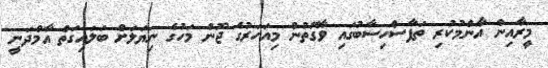
މީރާއިން އާންމުކުރި ތަފާސްހިސާބުގައި ވާގޮތުން މިއަހަރުގެ ޖޫން މަހުގެ ނިޔަލަށް ބަލައިގަތް އާމްދަނީ